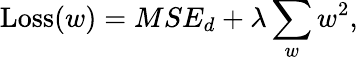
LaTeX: \operatorname{Loss}(w)=MSE_{d}+\lambda\sum_{w}w^{2},